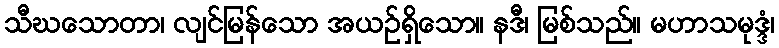
သီဃသောတာ၊ လျင်မြန်သော အယဉ်ရှိသော။ နဒီ၊ မြစ်သည်။ မဟာသမုဒ္ဒံ၊